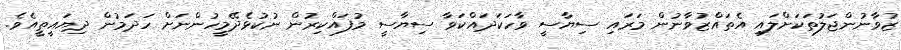
ޒުވާނުންޖަލުތަކަށްލައި އެތައްޒުވާނުން މަރައި ސިޔާސީ ވާހަކަދައްކަވާ ސިޔާސީ މުފައްކިރުން ނުކުޅެދޭމީހުންނަށް ހަދަމުން ދިޔައީތީއެވެ.